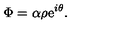
\Phi = \alpha \rho \mathrm { e } ^ { i \theta } .